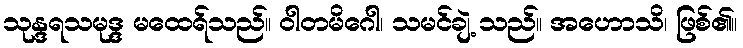
သုန္ဒရသမုဒ္ဒ မထေရ်သည်။ ဝါတမိဂေါ၊ သမင်ချဲ့ သည်။ အဟောသိ၊ ဖြစ်၏။